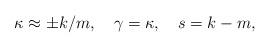
LaTeX: \begin{align*}\kappa\approx\pm k/m, \quad \gamma=\kappa,\quad s=k-m,\end{align*}